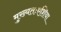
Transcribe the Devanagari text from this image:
मुख्यतःएशिया